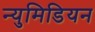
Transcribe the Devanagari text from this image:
न्युमिडियन